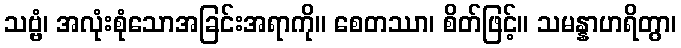
သဗ္ဗံ၊ အလုံးစုံသောအခြင်းအရာကို။ စေတဿာ၊ စိတ်ဖြင့်။ သမန္နာဟရိတွာ၊